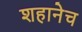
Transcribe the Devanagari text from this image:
शहानेच